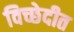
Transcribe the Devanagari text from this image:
विच्छेदीत